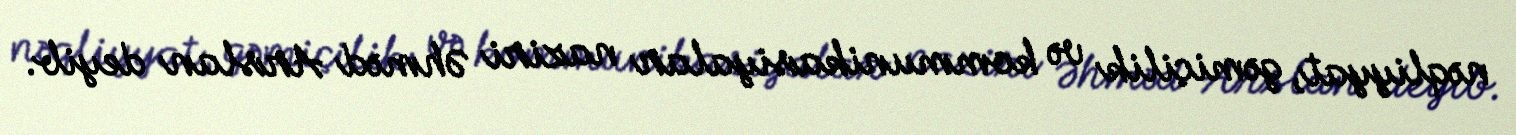
nəqliyyat, gəmiçilik və kommunikasiyalar naziri Əhməd Arslan deyib.